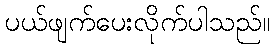
ပယ်ဖျက်ပေးလိုက်ပါသည်။